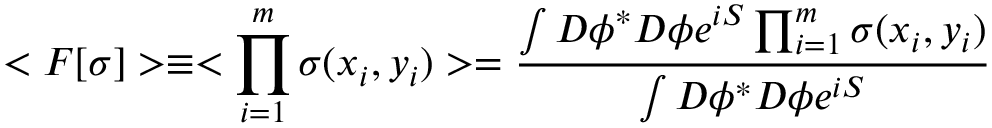
< F [ \sigma ] > \equiv < \prod _ { i = 1 } ^ { m } \sigma ( x _ { i } , y _ { i } ) > = { \frac { \int D \phi ^ { * } D \phi e ^ { i S } \prod _ { i = 1 } ^ { m } \sigma ( x _ { i } , y _ { i } ) } { \int D \phi ^ { * } D \phi e ^ { i S } } }